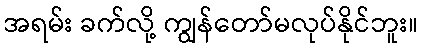
အရမ်း ခက်လို့ ကျွန်တော်မလုပ်နိုင်ဘူး။